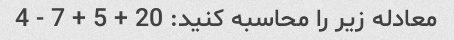
معادله زیر را محاسبه کنید: 20 + 5 + 7 - 4